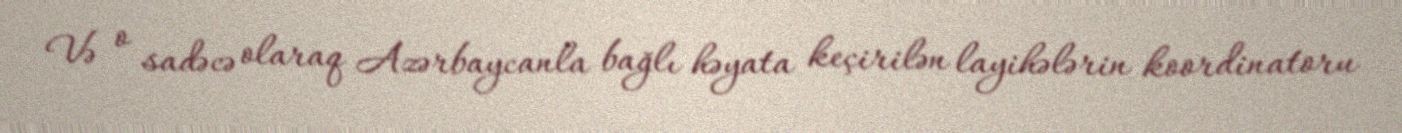
Və o sadəcə olaraq Azərbaycanla bağlı həyata keçirilən layihələrin koordinatoru